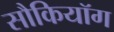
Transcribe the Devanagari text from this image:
सौकियॉग